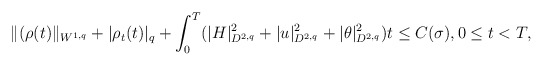
\begin{align*}\|(\rho(t)\|_{W^{1,q}}+|\rho_t(t)|_q+\int_0^T(|H|^2_{D^{2,q}}+|u|^2_{D^{2,q}}+|\theta|^2_{D^{2,q}})t\leq C(\sigma),0\leq t< T,\end{align*}